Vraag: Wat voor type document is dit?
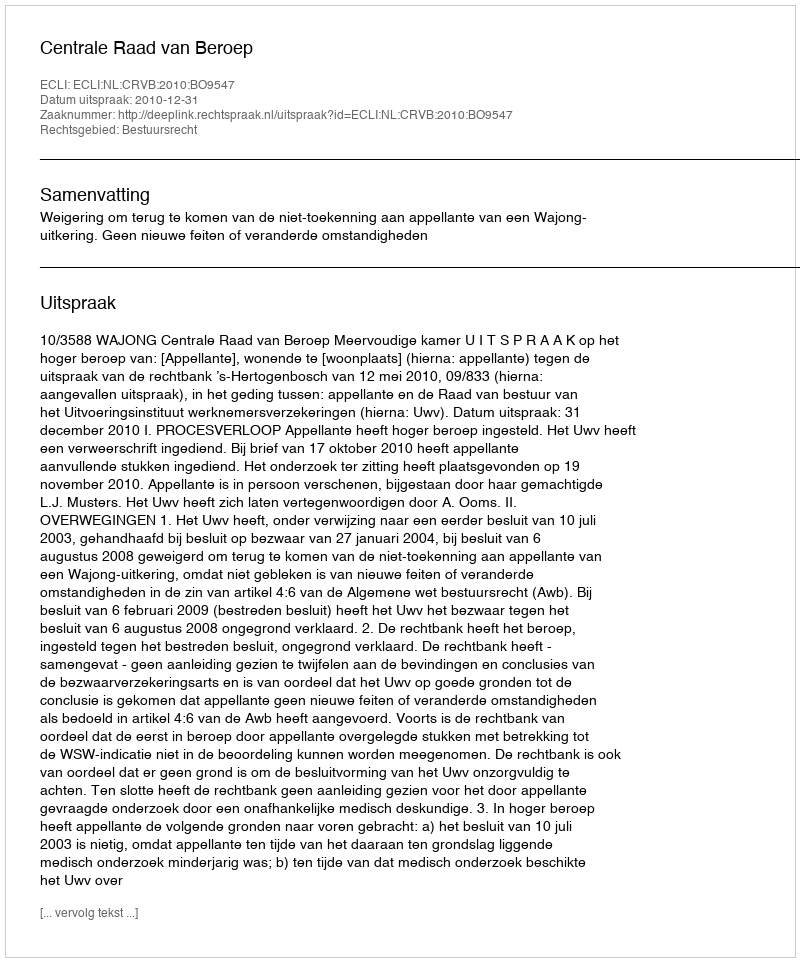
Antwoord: Uitspraak